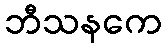
ဘီသနကေ